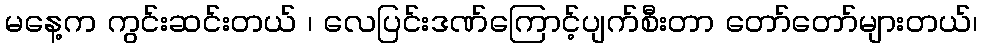
မနေ့က ကွင်းဆင်းတယ် ၊ လေပြင်းဒဏ်ကြောင့်ပျက်စီးတာ တော်တော်များတယ်၊